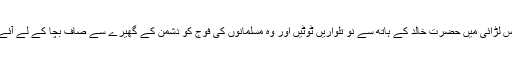
اس لڑائی میں حضرت خالدؓ کے ہاتھ سے نو تلواریں ٹوٹیں اور وہ مسلمانوں کی فوج کو دشمن کے گھیرے سے صاف بچا کے لے آئے۔